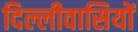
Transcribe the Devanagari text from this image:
दिल्लीवासियों